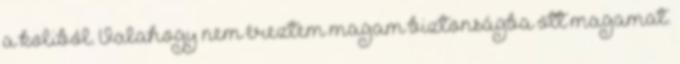
a koliból. Valahogy nem éreztem magam biztonságba ott magamat.